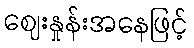
ဈေးနှုန်းအနေဖြင့်